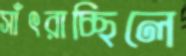
সাঁৎরাচ্ছিলে